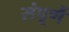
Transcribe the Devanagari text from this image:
संपूर्णै